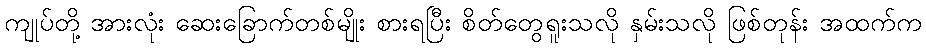
ကျုပ်တို့ အားလုံး ဆေးခြောက်တစ်မျိုး စားရပြီး စိတ်တွေရူးသလို နှမ်းသလို ဖြစ်တုန်း အထက်က